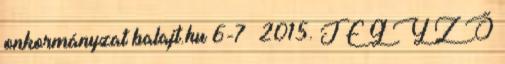
onkormányzat balajt.hu 6-7 2015. J E G Y Z Ő